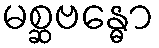
မစ္ဆဗန္ဓော